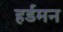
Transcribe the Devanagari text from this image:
हर्डमन